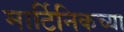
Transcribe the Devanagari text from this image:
मार्टिनिकच्या